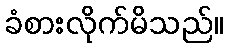
ခံစားလိုက်မိသည်။